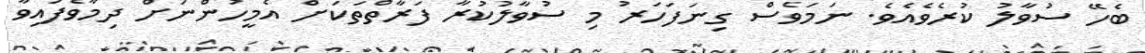
ބެހޭ ސުވާލު ކުރެވެއެވެ. ނަމަވެސް ގިނަފަހަރު މި ސުވާލުކުރާ ފަރާތްތަކަށް އެމީހުންނަށް ދިމާވެފައިވާ